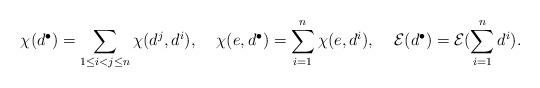
LaTeX: \begin{align*}\chi( d^{\bullet} ) = \sum_{1 \leq i < j \leq n} \chi( d^j , d^i ), \;\;\;\;\chi( e, d^{\bullet} ) = \sum_{i=1}^n \chi ( e, d^i ), \;\;\;\;\mathcal{E}(d^{\bullet}) = \mathcal{E}( \sum_{i =1 }^n d^i ).\end{align*}